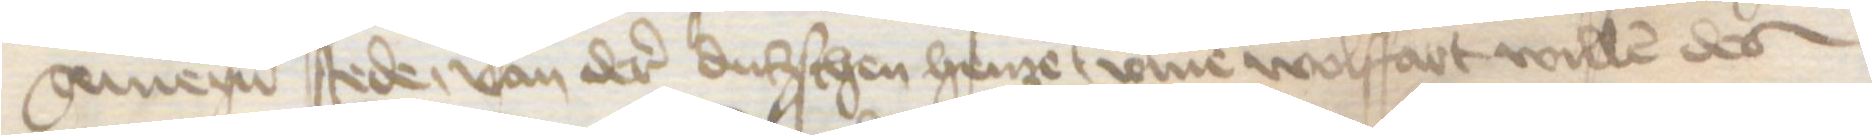
gemeyner stede, van der dudschen henze vmme wolffart willen des